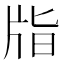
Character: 㸟